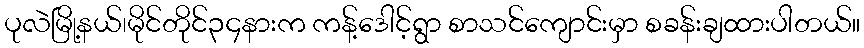
ပုလဲမြို့နယ်၊မိုင်တိုင်၃၄နားက ကန့်ဒေါင့်ရွာ စာသင်ကျောင်းမှာ စခန်းချထားပါတယ်။